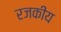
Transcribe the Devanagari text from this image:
रजकीय